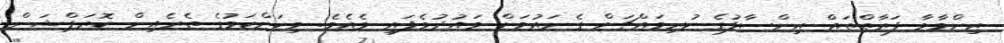
ޒިންމާވާ ފަރާތްތައް އިންސާފުގެ ކުރިމައްޗަށް ގެނައުމަށް ވައުދުވެފައި ވެއެވެ. މިކަންކަމުގެ ތެރެއިން ކޮރަޕްޝަން